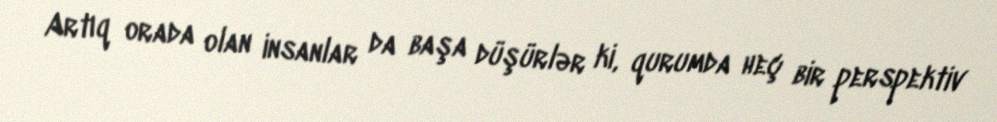
Artıq orada olan insanlar da başa düşürlər ki, qurumda heç bir perspektiv